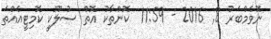
ނޮވެމްބަރު 8